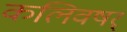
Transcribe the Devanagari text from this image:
कलिवषर्